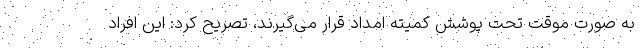
به صورت موقت تحت پوشش کمیته امداد قرار می‌گیرند، تصریح کرد: این افراد